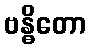
ဗန္ဓိတော